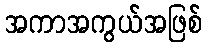
အကာအကွယ်အဖြစ်